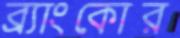
ব্র্যাংকোর